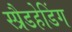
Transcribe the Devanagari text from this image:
स्प्रैडहेडिंग